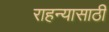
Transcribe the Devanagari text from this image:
राहन्यासाठी